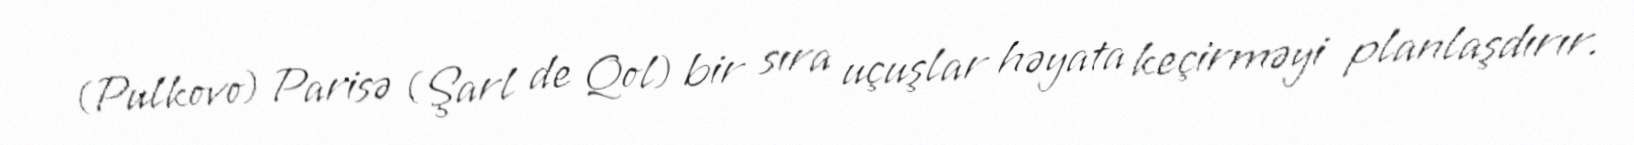
(Pulkovo) Parisə (Şarl de Qol) bir sıra uçuşlar həyata keçirməyi planlaşdırır.